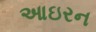
આઇરન